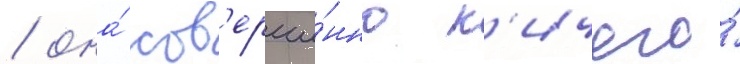
/ она́ сов'ерше́нно н'ичего́